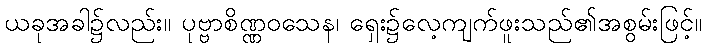
ယခုအခါ၌လည်း။ ပုဗ္ဗာစိဏ္ဏဝသေန၊ ရှေး၌လေ့ကျက်ဖူးသည်၏အစွမ်းဖြင့်။